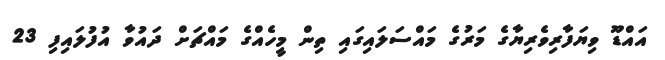
އައްޑޫ ވިޔަފާރިވެރިޔާގެ މަރުގެ މައްސަލައިގައި ތިން މީހެއްގެ މައްޗަށް ދައުވާ އުފުލައިފި 23